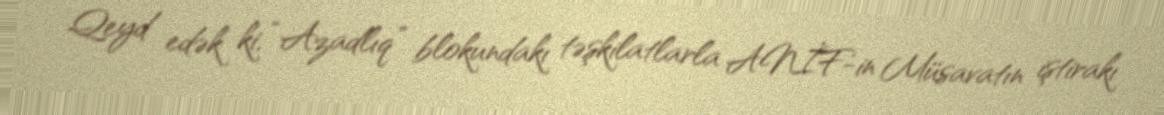
Qeyd edək ki, “Azadlıq” blokundakı təşkilatlarla ANİF-in Müsavatın iştirakı